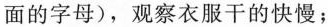
面的字母)，观察衣服干的快慢；